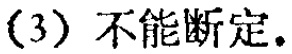
(3) 不能断定.